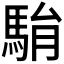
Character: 𩢺